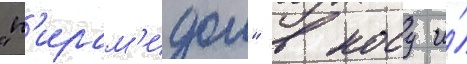
"п'ирам'идои" в носу и́